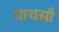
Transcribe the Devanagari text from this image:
पाचसौ